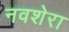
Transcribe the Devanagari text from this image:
नवशेरा